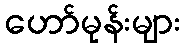
ဟော်မုန်းများ